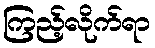
ကြည့်လိုက်ရာ